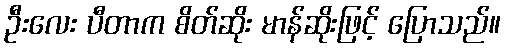
ဦးလေး ပီတာက စိတ်ဆိုး မာန်ဆိုးဖြင့် ပြောသည်။